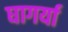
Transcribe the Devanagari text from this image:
घागर्या